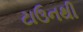
ટાઉનથી